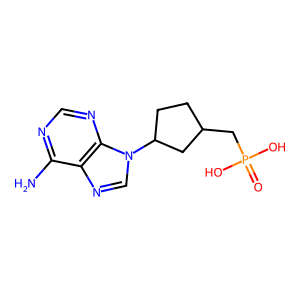
SMILES: Nc1ncnc2c1ncn2C1CCC(CP(=O)(O)O)C1
Inhibits HIV replication: No